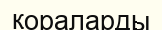
қораларды